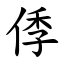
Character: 㑧